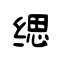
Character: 缌